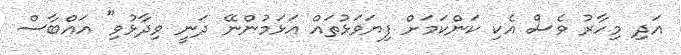
އަދި މިހާރު ވެސް އެކި ކަންކަމަށް ފިޔަވަޅުތައް އަޅަމުންނޭ ދަނީ ވިދާޅުވި" އައްބާސް